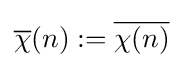
{\overline {\chi }}(n):={\overline {\chi (n)}}